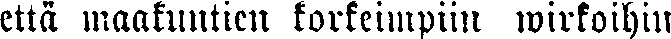
että maakuntien korkeimpiin wirkoihin